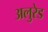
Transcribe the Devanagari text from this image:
अलुरेड